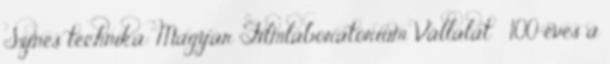
Színes technika: Magyar Filmlaboratórium Vállalat ↑ 100 éves a